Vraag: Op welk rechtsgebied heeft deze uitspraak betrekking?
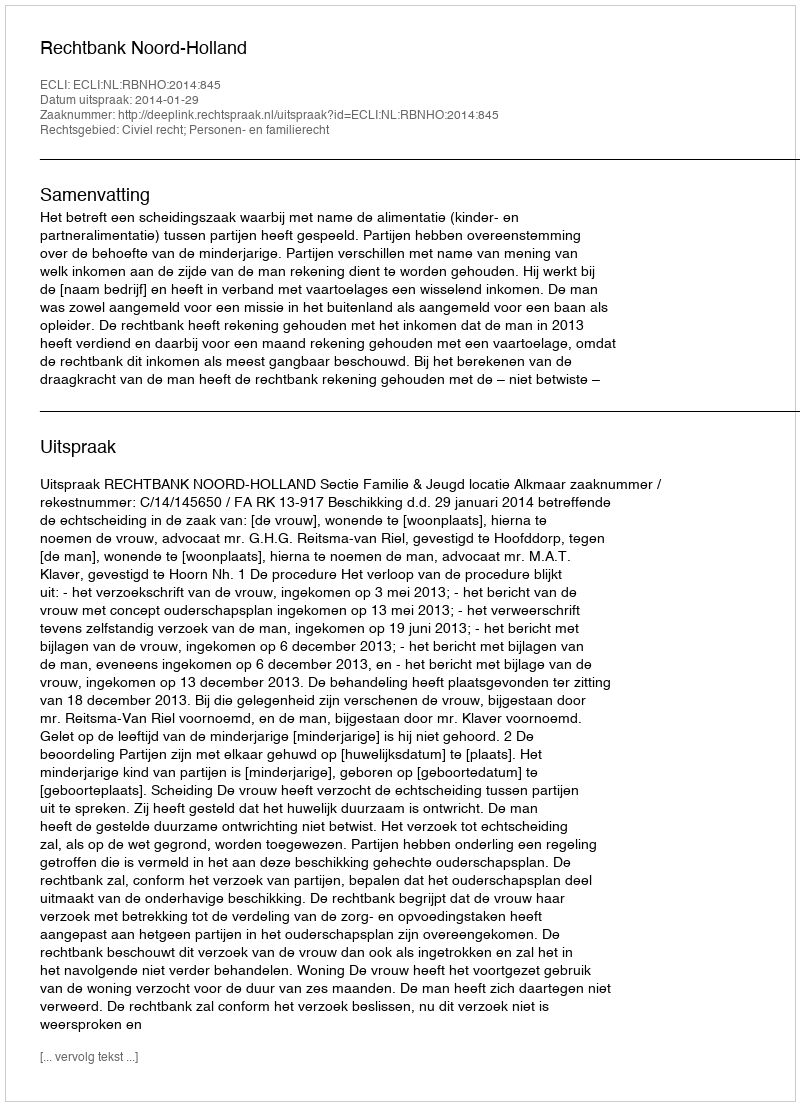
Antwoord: Civiel recht; Personen- en familierecht